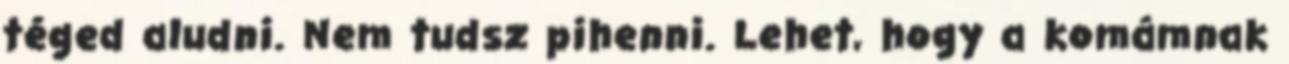
téged aludni. Nem tudsz pihenni. Lehet, hogy a komámnak